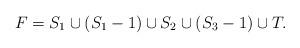
LaTeX: \begin{align*}F=S_1\cup(S_1-1)\cup S_2\cup (S_3-1)\cup T.\end{align*}